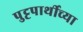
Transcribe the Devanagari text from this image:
पुट्टपार्थीच्या